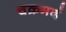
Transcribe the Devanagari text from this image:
चक्रमर्द